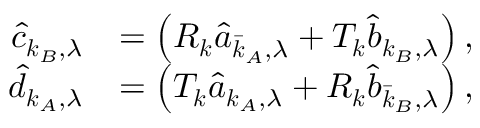
\begin{array} { r l } { \hat { c } _ { \boldsymbol { k } _ { B } , \lambda } } & { = \left( R _ { \boldsymbol { k } } \hat { a } _ { \bar { \boldsymbol { k } } _ { A } , \lambda } + T _ { \boldsymbol { k } } \hat { b } _ { \boldsymbol { k } _ { B } , \lambda } \right) , } \\ { \hat { d } _ { \boldsymbol { k } _ { A } , \lambda } } & { = \left( T _ { \boldsymbol { k } } \hat { a } _ { \boldsymbol { k } _ { A } , \lambda } + R _ { \boldsymbol { k } } \hat { b } _ { \bar { \boldsymbol { k } } _ { B } , \lambda } \right) , } \end{array}